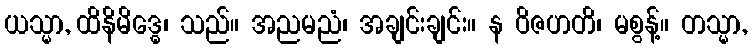
ယသ္မာ, ထိနိမိဒ္ဓေ၊ သည်။ အညမညံ၊ အချင်းချင်း။ န ဝိဇဟတိ၊ မစွန့်။ တသ္မာ,